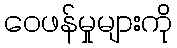
ဝေဖန်မှုများကို